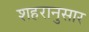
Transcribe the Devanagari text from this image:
शहरानुसार